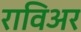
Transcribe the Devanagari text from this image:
राविअर